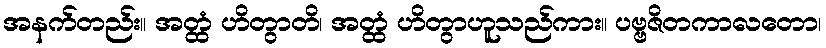
အနက်တည်း။ အတ္ထံ ဟိတွာတိ၊ အတ္ထံ ဟိတွာဟူသည်ကား။ ပဗ္ဗဇိတကာလတော၊